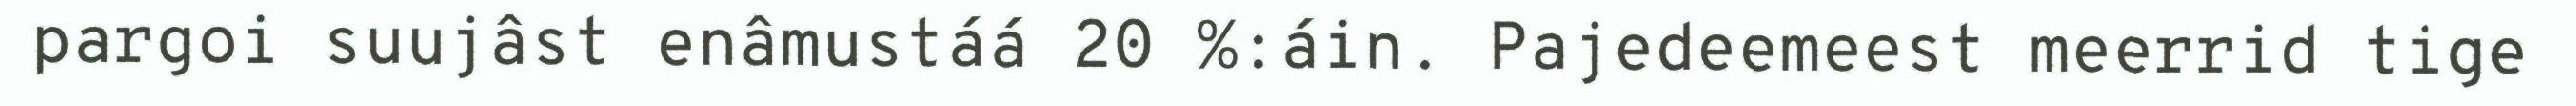
pargoi suujâst enâmustáá 20 %:áin. Pajedeemeest meerrid tige